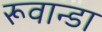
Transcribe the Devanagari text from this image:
रूवान्डा